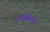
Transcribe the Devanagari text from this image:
चालिये